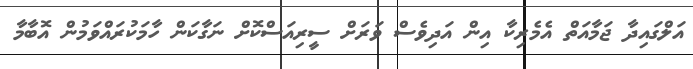
އަލްގައިދާ ޖަމާއަތް އެމެރިކާ އިން އަދިވެސް ވަރަށް ސީރިއަސްކޮށް ނަގާކަން ހާމަކުރައްވަމުން އޮބާމާ